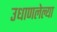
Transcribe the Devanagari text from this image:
उधाणलेल्‍या